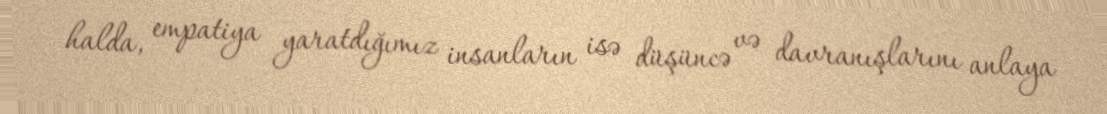
halda, empatiya yaratdığımız insanların isə düşüncə və davranışlarını anlaya